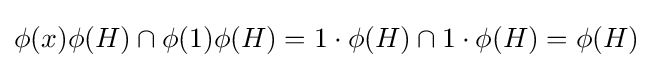
\phi (x)\phi (H)\cap \phi (1)\phi (H)=1\cdot \phi (H)\cap 1\cdot \phi (H)=\phi (H)